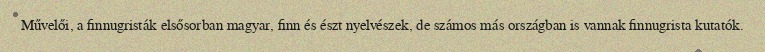
Művelői, a finnugristák elsősorban magyar, finn és észt nyelvészek, de számos más országban is vannak finnugrista kutatók.